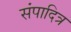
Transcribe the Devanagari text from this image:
संपादित्र